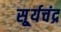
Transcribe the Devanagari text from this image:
सू्र्यचंद्र